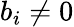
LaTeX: b_{i}\neq 0